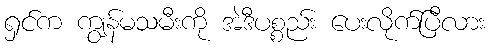
ရှင်က ကျွန်မသမီးကို အဲဒီပစ္စည်း ပေးလိုက်ပြီလား